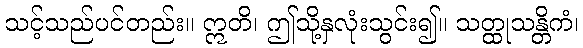
သင့်သည်ပင်တည်း။ ဣတိ၊ ဤသို့နှလုံးသွင်း၍။ သတ္ထုသန္တိကံ၊